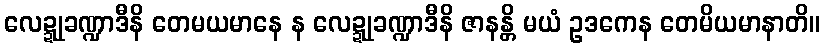
လေဍ္ဍုခဏ္ဍာဒီနိ တေမယမာနေ န လေဍ္ဍုခဏ္ဍာဒီနိ ဇာနန္တိ မယံ ဥဒကေန တေမိယမာနာတိ။